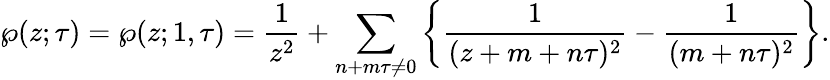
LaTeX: \wp(z;\tau)=\wp(z;1,\tau)={\frac{1}{z^{2}}}+\sum_{n+m\tau\neq 0}\left\{ {\frac{1}{(z+m+n\tau)^{2}}}-{\frac{1}{(m+n\tau)^{2}}}\right\} .